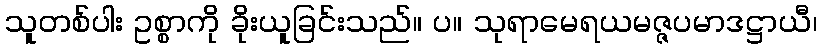
သူတစ်ပါး ဥစ္စာကို ခိုးယူခြင်းသည်။ ပ။ သုရာမေရယမဇ္ဇပမာဒဋ္ဌာယီ၊